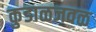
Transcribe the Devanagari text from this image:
कुडाळजवळ